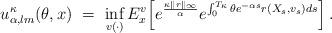
LaTeX: \begin{align*} u^{\kappa}_{\alpha,lm}(\theta, x) \ = \ \inf_{v(\cdot)} E_x^v\Big[ e^{\frac{\kappa \|r\|_{\infty}}{\alpha}} e^{\int_{0}^{T_{\kappa}} \theta e^{-\alpha s} r(X_s,v_s) ds}\Big] \,. \end{align*}